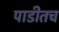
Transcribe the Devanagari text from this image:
पाडीतच